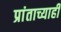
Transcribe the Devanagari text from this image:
प्रांताच्याही